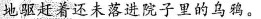
地驱赶着还未落进院子里的乌鸦。